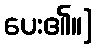
ပေး၏။]